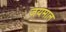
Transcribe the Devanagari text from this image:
जयमाल